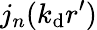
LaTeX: j_{n}(k_{\mathrm{d}}r^{\prime})